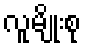
လူမျိုးစု